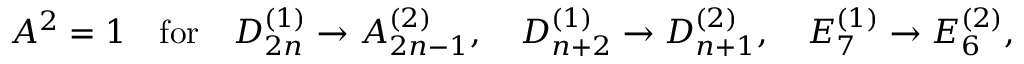
A ^ { 2 } = 1 \quad \mathrm { f o r } \quad D _ { 2 n } ^ { ( 1 ) } \to A _ { 2 n - 1 } ^ { ( 2 ) } , \quad D _ { n + 2 } ^ { ( 1 ) } \to D _ { n + 1 } ^ { ( 2 ) } , \quad E _ { 7 } ^ { ( 1 ) } \to E _ { 6 } ^ { ( 2 ) } ,